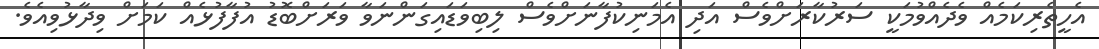
އެހީތެރިކަމެއް ވެދެއްވުމަކީ ސަރުކާރަށްވެސް އަދި އެމަނިކުފާނަށްވެސް ލިބިވަޑައިގަންނަވާ ވަރަށްބޮޑު އުފާފުޅެއް ކަމަށް ވިދާޅުވިއެވެ.